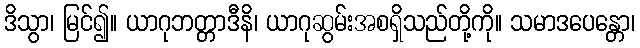
ဒိသွာ၊ မြင်၍။ ယာဂုဘတ္တာဒီနိ၊ ယာဂုဆွမ်းအစရှိသည်တို့ကို။ သမာဒပေန္တော၊